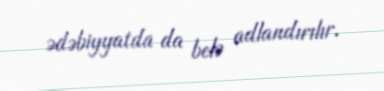
ədəbiyyatda da belə adlandırılır.